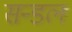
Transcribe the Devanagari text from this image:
सन्डल